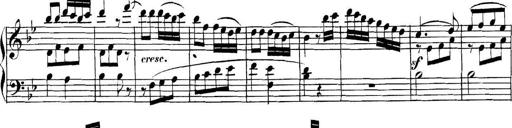
Title: Collected Piano Sonatas
Composer: Muzio Clementi